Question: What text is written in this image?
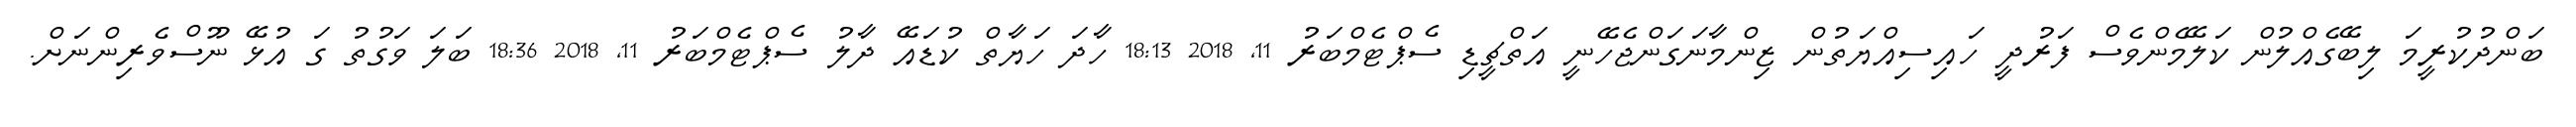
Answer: ބަންދުކުރީމަ ލިބޭގެއްލުން ކަލޭމެންވެސް ފަރުދީ ހައިސިއްޔަތުން ޒިންމާނަގަންޖެހޭނީ އަތްޗީޑި ސެޕްޓެމްބަރު 11, 2018 18:13 ހާދަ ހަޔާތް ކުޑައޭ ދާލު ސެޕްޓެމްބަރު 11, 2018 18:36 ބަލަ ވަގުތު ގަ އުޅޭ ނޫސްވެރިންނަށް.